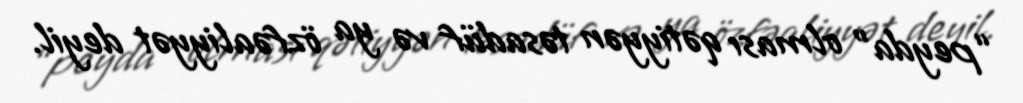
“peyda” olması qətiyyən təsadüf və ya özfəaliyyət deyil.